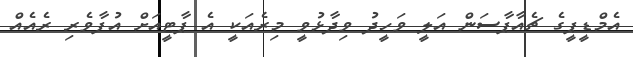
އެމްޑީޕީގެ ޗެއާޕާސަން އަލީ ވަހީދު ވިދާޅުވީ މިރެއަކީ އެ ޕާޓީއަށް އުފާވެރި ރެއެއް